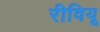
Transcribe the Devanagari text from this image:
रीवियू